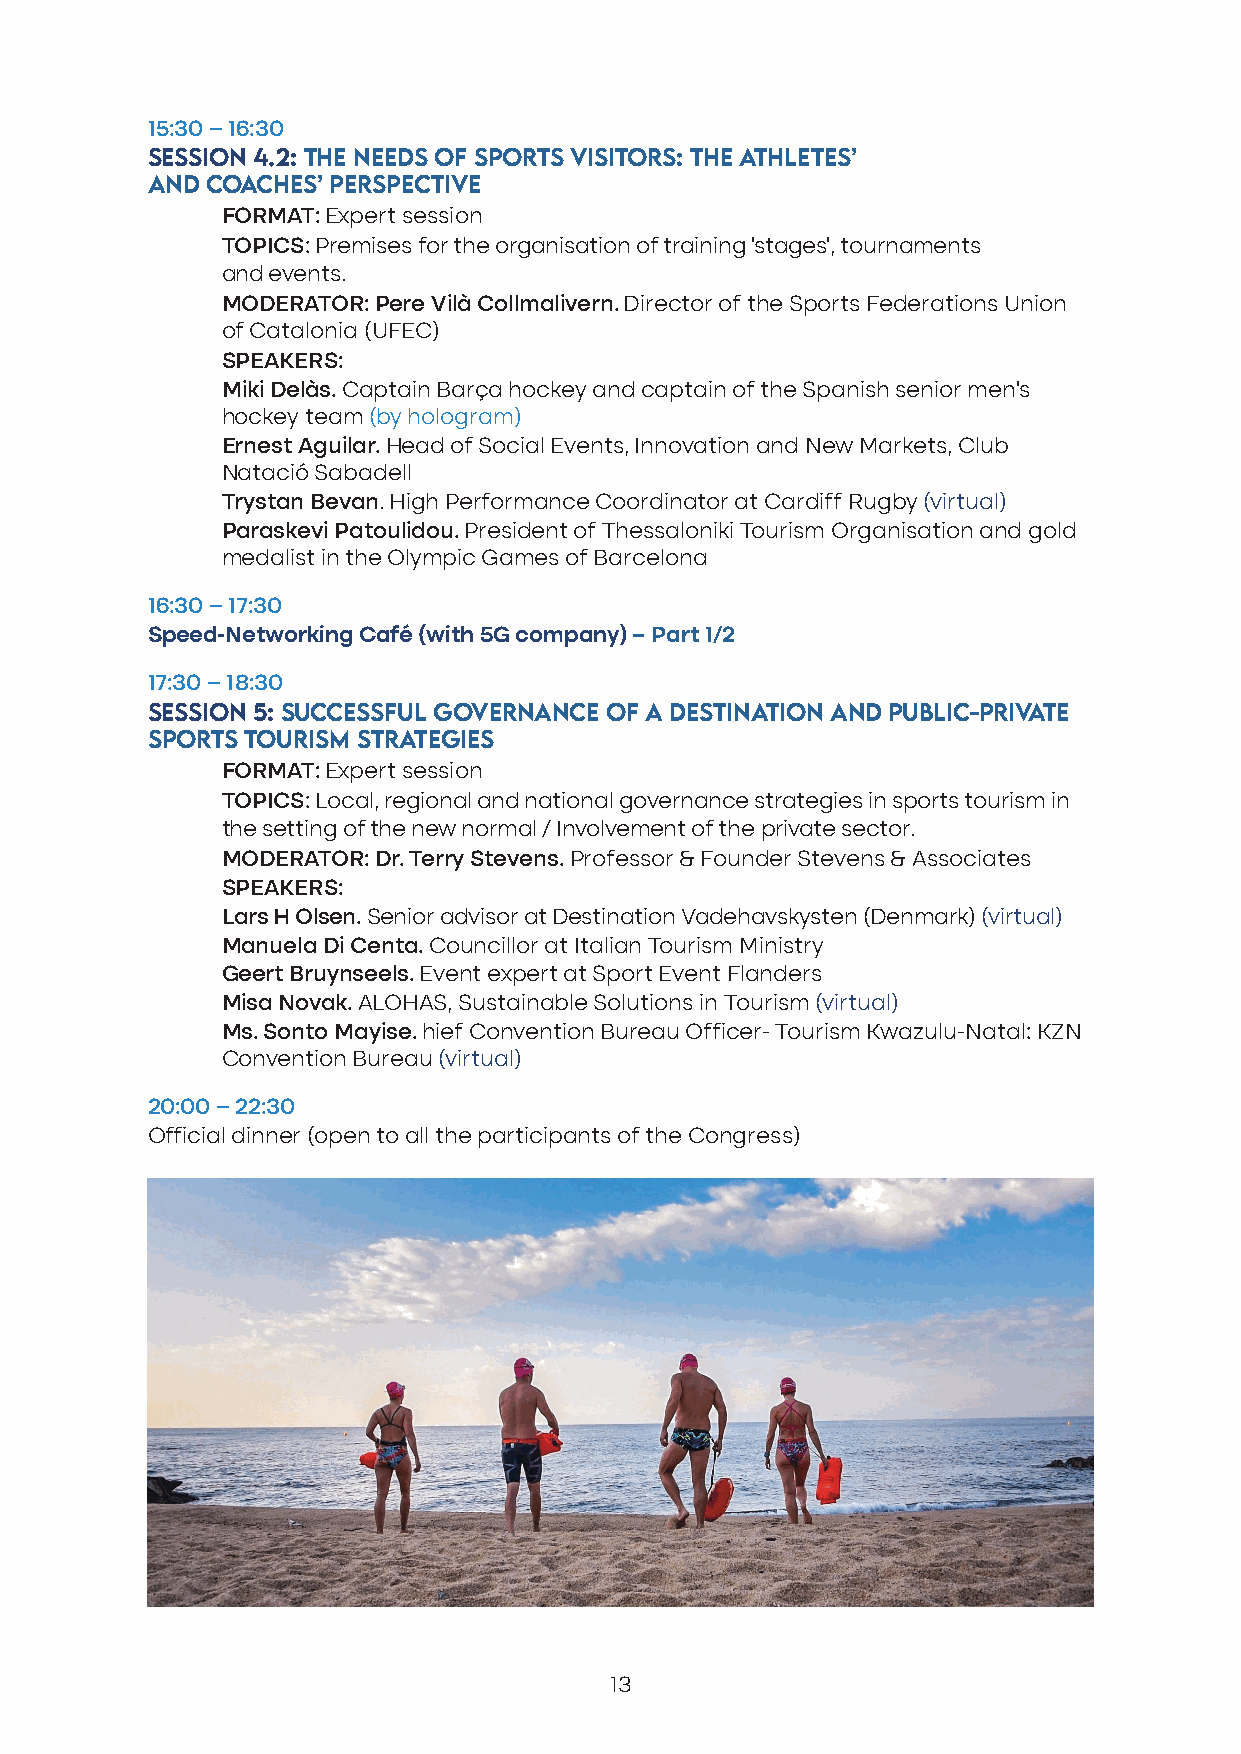
15:30 – 16:30
 SESSION 4.2: THE NEEDS OF SPORTS VISITORS: THE ATHLETES’
 AND COACHES’ PERSPECTIVE
 FORMAT: Expert session
 TOPICS: Premises for the organisation of training ‘stages’, tournaments
 and events.
 MODERATOR: Pere Vilà Collmalivern. Director of the Sports Federations Union
 of Catalonia (UFEC)
 SPEAKERS:
 Miki Delàs. Captain Barça hockey and captain of the Spanish senior men’s
 hockey team (by hologram)
 Ernest Aguilar. Head of Social Events, Innovation and New Markets, Club
 Natació Sabadell
 Trystan Bevan. High Performance Coordinator at Cardiff Rugby (virtual)
 Paraskevi Patoulidou. President of Thessaloniki Tourism Organisation and gold
 medalist in the Olympic Games of Barcelona
 16:30 – 17:30
 Speed-Networking Café (with 5G company) – Part 1/2
 17:30 – 18:30
 SESSION 5: SUCCESSFUL GOVERNANCE OF A DESTINATION AND PUBLIC-PRIVATE
 SPORTS TOURISM STRATEGIES
 FORMAT: Expert session
 TOPICS: Local, regional and national governance strategies in sports tourism in
 the setting of the new normal / Involvement of the private sector.
 MODERATOR: Dr. Terry Stevens. Professor & Founder Stevens & Associates
 SPEAKERS:
 Lars H Olsen. Senior advisor at Destination Vadehavskysten (Denmark) (virtual)
 Manuela Di Centa. Councillor at Italian Tourism Ministry
 Geert Bruynseels. Event expert at Sport Event Flanders
 Misa Novak. ALOHAS, Sustainable Solutions in Tourism (virtual)
 Ms. Sonto Mayise. hief Convention Bureau Officer- Tourism Kwazulu-Natal: KZN
 Convention Bureau (virtual)
 20:00 – 22:30
 Official dinner (open to all the participants of the Congress)
 13